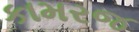
કામરજ